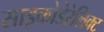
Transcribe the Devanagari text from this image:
साइकोडेरेलिक्ट